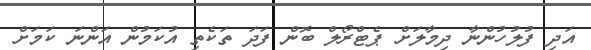
އަދި ފުލުހުންނާ ދިމާލަށް ޕެޓްރޯލް ބޮން ފަދަ ތަކެތި އުކަމުން އަންނަ ކަމަށް